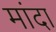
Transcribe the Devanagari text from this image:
मांदा